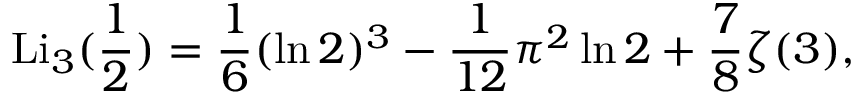
\operatorname { L i } _ { 3 } ( { \frac { 1 } { 2 } } ) = { \frac { 1 } { 6 } } ( \ln 2 ) ^ { 3 } - { \frac { 1 } { 1 2 } } \pi ^ { 2 } \ln 2 + { \frac { 7 } { 8 } } \zeta ( 3 ) ,